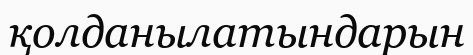
қолданылатындарын